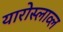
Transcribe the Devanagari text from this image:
यारोस्लाव्ल